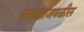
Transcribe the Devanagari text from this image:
कपाळाजवळील